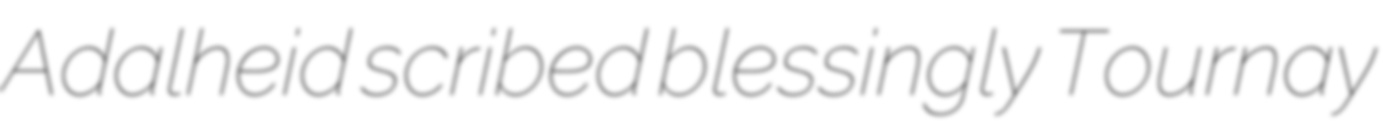
Adalheid scribed blessingly Tournay